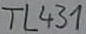
Text: TL431